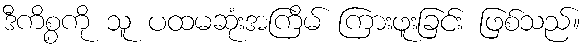
ဒီကိစ္စကို သူ ပထမဆုံးအကြိမ် ကြားဖူးခြင်း ဖြစ်သည်။